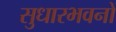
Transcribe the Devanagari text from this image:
सुधारभवनों